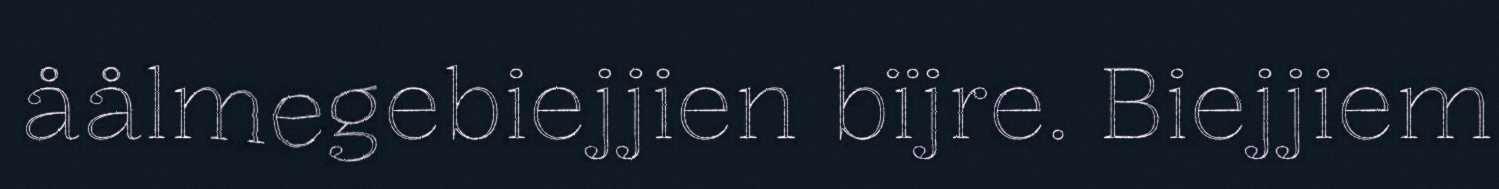
åålmegebiejjien bïjre. Biejjiem